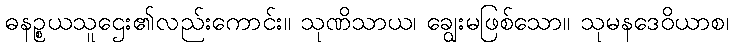
ဓနဉ္စယသူဌေး၏လည်းကောင်း။ သုဏိသာယ၊ ချွေးမဖြစ်သော။ သုမနဒေဝိယာစ၊